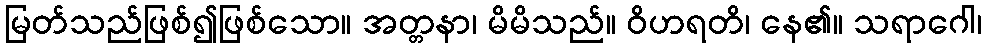
မြတ်သည်ဖြစ်၍ဖြစ်သော။ အတ္တနာ၊ မိမိသည်။ ဝိဟရတိ၊ နေ၏။ သရာဂေါ၊